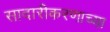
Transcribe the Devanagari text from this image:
सादारीकरणाच्या